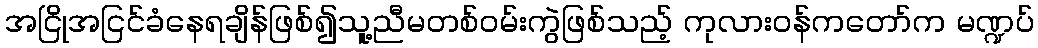
အငြိုအငြင်ခံနေရချိန်ဖြစ်၍သူ့ညီမတစ်ဝမ်းကွဲဖြစ်သည့် ကုလားဝန်ကတော်က မဏ္ဍပ်